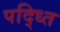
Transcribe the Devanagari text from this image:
पद्ध्‍ति